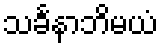
သင်္ခနာဘိမယံ